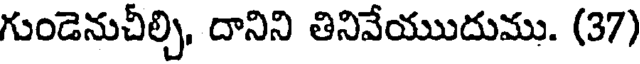
గుండెనుచీల్చి, దానిని తినివేయుదుము. (37)